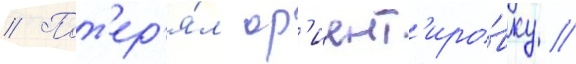
// Пот'ер'я́л ор'иент'иро́вку /